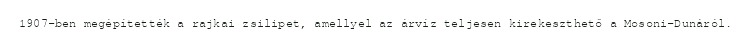
1907-ben megépítették a rajkai zsilipet, amellyel az árvíz teljesen kirekeszthető a Mosoni-Dunáról.